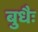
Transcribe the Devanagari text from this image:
बुधैः